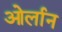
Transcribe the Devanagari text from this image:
ओर्लान